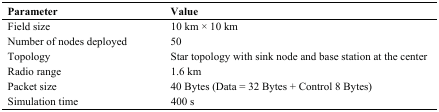
<table><thead><tr><td><b>Parameter</b></td><td><b>Value</b></td></tr></thead><tbody><tr><td>Field size</td><td>10 km × 10 km</td></tr><tr><td>Number of nodes deployed</td><td>50</td></tr><tr><td>Topology</td><td>Star topology with sink node and base station at the center</td></tr><tr><td>Radio range</td><td>1.6 km</td></tr><tr><td>Packet size</td><td>40 Bytes (Data = 32 Bytes + Control 8 Bytes)</td></tr><tr><td>Simulation time</td><td>400 s</td></tr></tbody></table>